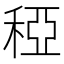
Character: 稏